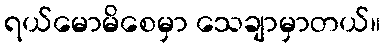
ရယ်မောမိစေမှာ သေချာမှာတယ်။